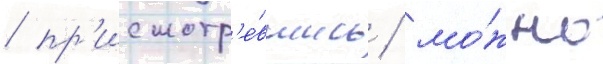
/ пр'исмотр'е́вшись / мо́жно